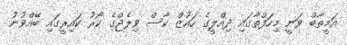
އަމީތާބް ވަނީ މިހަފްތާގައި ދިއްލީގެ ހައުޒް ކާސް ވިލެޖްގެ ކޯރު ކައިރީގައި ބޭއްވުނު